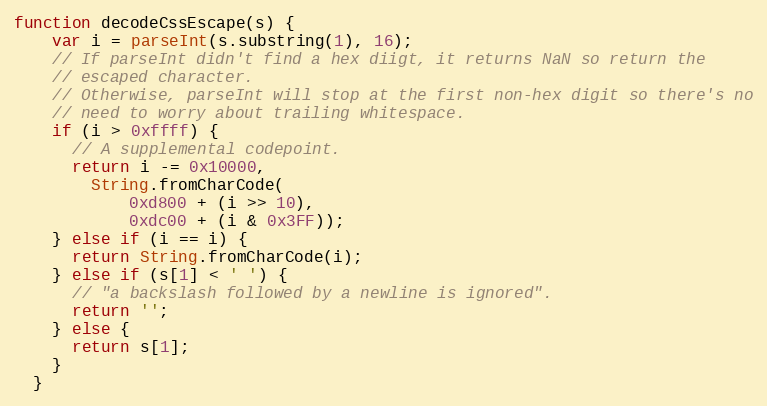
Language: JavaScript
function decodeCssEscape(s) {
    var i = parseInt(s.substring(1), 16);
    // If parseInt didn't find a hex diigt, it returns NaN so return the
    // escaped character.
    // Otherwise, parseInt will stop at the first non-hex digit so there's no
    // need to worry about trailing whitespace.
    if (i > 0xffff) {
      // A supplemental codepoint.
      return i -= 0x10000,
        String.fromCharCode(
            0xd800 + (i >> 10),
            0xdc00 + (i & 0x3FF));
    } else if (i == i) {
      return String.fromCharCode(i);
    } else if (s[1] < ' ') {
      // "a backslash followed by a newline is ignored".
      return '';
    } else {
      return s[1];
    }
  }